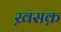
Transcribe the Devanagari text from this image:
ख़सक़